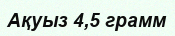
Ақуыз 4,5 грамм